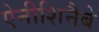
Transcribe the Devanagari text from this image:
ऐनीशिनैबे